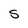
Character: S